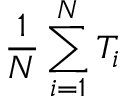
\frac { 1 } { N } \sum _ { i = 1 } ^ { N } T _ { i }